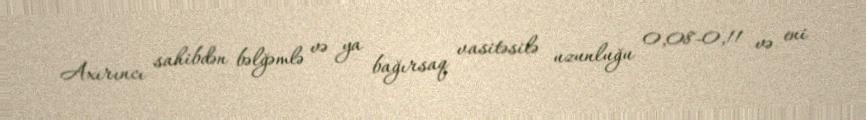
Axırıncı sahibdən bəlğəmlə və ya bağırsaq vasitəsilə uzunluğu 0,08-0,11 və eni